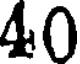
40